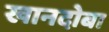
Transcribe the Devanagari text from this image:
खानदोबा